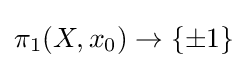
\pi _{1}(X,x_{0})\to \{\pm 1\}